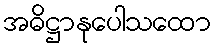
အဓိဋ္ဌာနုပေါသထော